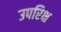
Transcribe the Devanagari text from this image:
उपरिक्ष